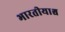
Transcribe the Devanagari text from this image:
भारतीयाश्च